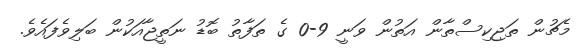
މެޗުން ތަޖިކިސްތާން އަތުން ވަނީ 9-0 ގެ ތަފާތު ބޮޑު ނަތީޖާއަކުން ބަލިވެފައެވެ.